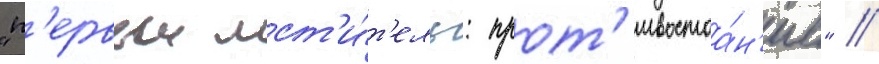
"п'ервыи мст'и́т'ель: прот'ивостоа́н'ие" //